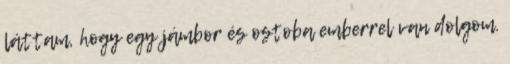
láttam, hogy egy jámbor és ostoba emberrel van dolgom.